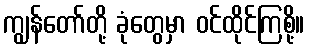
ကျွန်တော်တို့ ခုံတွေမှာ ဝင်ထိုင်ကြစို့။